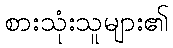
စားသုံးသူများ၏